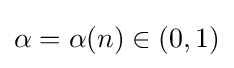
\alpha =\alpha (n)\in (0,1)